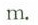
m.